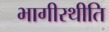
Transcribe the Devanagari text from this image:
भागीरथीति